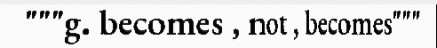
"""g. becomes , not , becomes"""